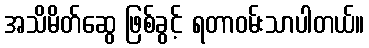
အသိမိတ်ဆွေ ဖြစ်ခွင့် ရတာဝမ်းသာပါတယ်။